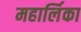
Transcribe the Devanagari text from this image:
महार्लिका